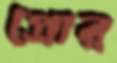
প্রোর